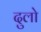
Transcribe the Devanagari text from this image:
दुलो